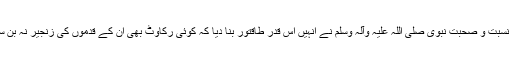
گویا نسبت و صحبت نبوی صلی اللہ علیہ وآلہ وسلم نے انہیں اس قدر طاقتور بنا دیا کہ کوئی رکاوٹ بھی ان کے قدموں کی زنجیر نہ بن سکی۔